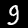
Label: 9